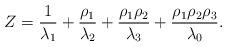
LaTeX: \begin{align*} Z= \frac{1}{\lambda_1}+\frac{\rho_1}{\lambda_2}+ \frac{\rho_1\rho_2}{\lambda_3}+\frac{\rho_1\rho_2\rho_3}{\lambda_0}.\end{align*}